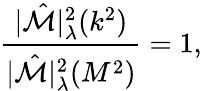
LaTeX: \frac{|\hat{\cal M}|_{\lambda}^{2}(k^{2})}{|\hat{\cal M}|_{\lambda}^{2}(M^{2})}=1,